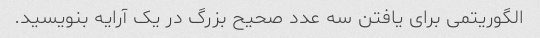
الگوریتمی برای یافتن سه عدد صحیح بزرگ در یک آرایه بنویسید.